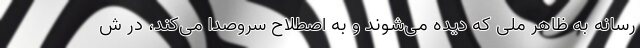
رسانه به ظاهر ملی که دیده می‌شوند و به اصطلاح سروصدا می‌کند، در ش